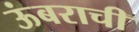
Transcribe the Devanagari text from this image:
ऊंबराची